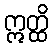
ဣတ္ထိ